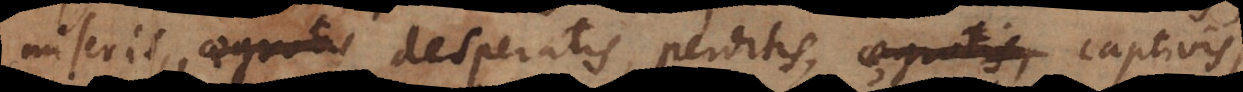
miseris, aegrotis desperatis, perditis, aegrotis, captivis,